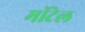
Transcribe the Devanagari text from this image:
मॉटेल